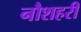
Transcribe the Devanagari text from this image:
नौशहरी